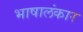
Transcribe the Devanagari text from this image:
भाषालंकार